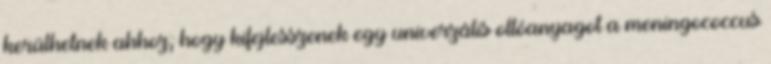
kerülhetnek ahhoz, hogy kifejlesszenek egy univerzális oltóanyagot a meningococcus